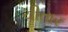
ચીતાર